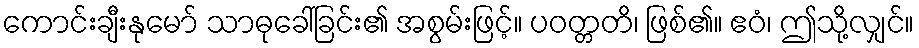
ကောင်းချီးနုမော် သာဓုခေါ်ခြင်း၏ အစွမ်းဖြင့်။ ပဝတ္တတိ၊ ဖြစ်၏။ ဧဝံ၊ ဤသို့လျှင်။